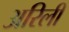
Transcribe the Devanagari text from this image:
अरिली